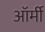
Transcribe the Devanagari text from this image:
ऑर्मी